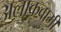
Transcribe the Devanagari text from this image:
अलाक़वामी